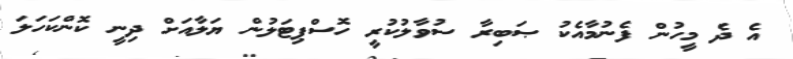
އެ ދެ މީހުން ފެނުމާއެކު ޞަބިރާ ސުވާލުކުރީ ހޮސްޕިޓަލުން ޔަލާއަށް ދިނީ ކޮންކަހަލަ